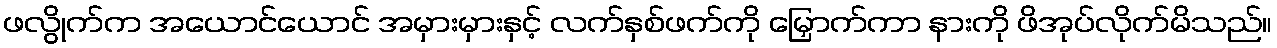
ဖလွိုက်က အယောင်ယောင် အမှားမှားနှင့် လက်နှစ်ဖက်ကို မြှောက်ကာ နားကို ဖိအုပ်လိုက်မိသည်။